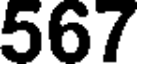
567